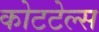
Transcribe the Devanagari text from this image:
कोटटेल्स